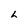
Character: h